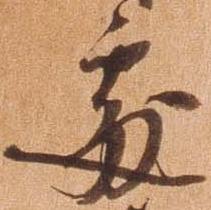
処